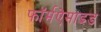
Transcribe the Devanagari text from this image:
फॉर्मऐमाइड